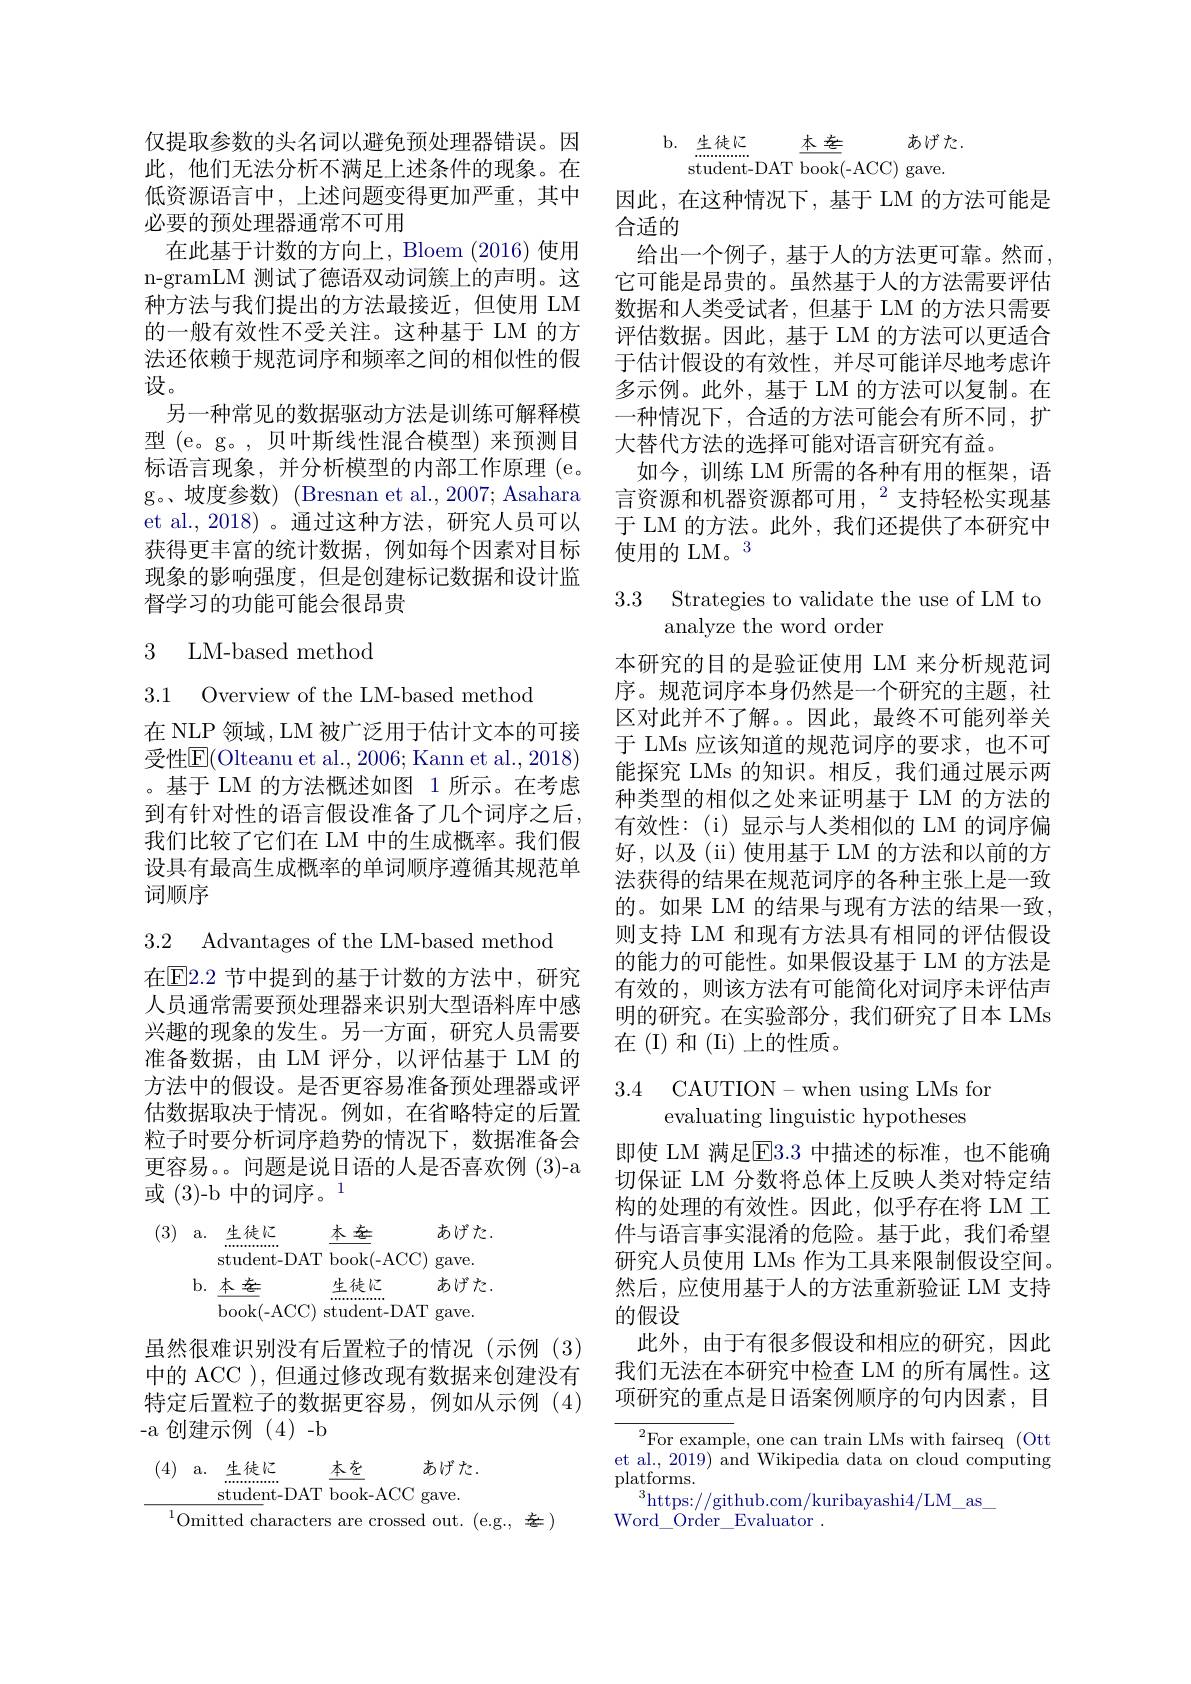
仅提取参数的头名词以避免预处理器错误。因此，他们无法分析不满足上述条件的现象。在低资源语言中，上述问题变得更加严重，其中必要的预处理器通常不可用
在此基于计数的方向上，Bloem (2016) 使用n-gramLM 测试了德语双动词簇上的声明。这种方法与我们提出的方法最接近，但使用 LM 的一般有效性不受关注。这种基于 LM 的方法还依赖于规范词序和频率之间的相似性的假设。
另一种常见的数据驱动方法是训练可解释模型 (e。g。, 贝叶斯线性混合模型)来预测目标语言现象，并分析模型的内部工作原理 (e。g。、坡度参数) (Bresnan et al., 2007; Asahara et al.,2018)。通过这种方法，研究人员可以获得更丰富的统计数据，例如每个因素对目标现象的影响强度，但是创建标记数据和设计监督学习的功能可能会很昂贵

3 LM-based method

3.1 Overview of the LM-based method

在 NLP 领域，LM 被广泛用于估计文本的可接受性$\overline{\mathrm{E}}($Olteanu et al., 2006; Kann et al., 2018) 。基于 LM 的方法概述如图 1 所示。在考虑到有针对性的语言假设准备了几个词序之后， 我们比较了它们在 LM 中的生成概率。我们假设具有最高生成概率的单词顺序遵循其规范单词顺序

3.2 Advantages of the LM-based method

在$\overline{\mathrm{E}}$2.2 节中提到的基于计数的方法中，研究人员通常需要预处理器来识别大型语料库中感兴趣的现象的发生。另一方面，研究人员需要准备数据，由 LM 评分，以评估基于 LM 的方法中的假设。是否更容易准备预处理器或评估数据取决于情况。例如，在省略特定的后置粒子时要分析词序趋势的情况下，数据准备会更容易。。问题是说日语的人是否喜欢例(3)-a 或(3)-b 中的词序。1
$$\begin{aligned}(3)\quad\mathrm{a.}\quad&\text{生徒に}\\&\text{student-DAT book(-ACC) gave.}\\&\mathrm{b.}\:\frac{\text{本 老}}{\mathrm{book(-ACC)~student-DAT~gave.}}\end{aligned}$$
虽然很难识别没有后置粒子的情况(示例(3)

中的 ACC ),但通过修改现有数据来创建没有特定后置粒子的数据更容易，例如从示例(4) -a 创建示例(4)-b

本在
あげた.
(4) a.生徒汇
$\underline{{\mathrm{student-DAT~book-ACC~gave.}}}$
$^{1}$Omitted characters are crossed out. (e.g., 老)

b. 生徒汇
本老
あげた.
${\mathrm{student-DAT~}}{\overline{{book}}}(-ACC)$ gave.

因此，在这种情况下，基于 LM 的方法可能是
合适的
给出一个例子，基于人的方法更可靠。然而它可能是昂贵的。虽然基于人的方法需要评估数据和人类受试者，但基于 LM 的方法只需要评估数据。因此，基于 LM 的方法可以更适合于估计假设的有效性，并尽可能详尽地考虑许多示例。此外，基于 LM 的方法可以复制。在一种情况下，合适的方法可能会有所不同，扩大替代方法的选择可能对语言研究有益。
如今，训练 LM 所需的各种有用的框架，语言资源和机器资源都可用，$^2$支持轻松实现基于 LM 的方法。此外，我们还提供了本研究中使用的 LM。3

## 3.3 Strategies to validate the use of LM to analyze the word order

本研究的目的是验证使用 LM 来分析规范词序。规范词序本身仍然是一个研究的主题，社区对此并不了解。因此，最终不可能列举关于 LMs 应该知道的规范词序的要求，也不可能探究 LMs 的知识。相反，我们通过展示两种类型的相似之处来证明基于 LM 的方法的有效性：(i)显示与人类相似的 LM 的词序偏好，以及(ii)使用基于 LM 的方法和以前的方法获得的结果在规范词序的各种主张上是一致的。如果 LM 的结果与现有方法的结果一致， 则支持 LM 和现有方法具有相同的评估假设的能力的可能性。如果假设基于 LM 的方法是有效的，则该方法有可能简化对词序未评估声明的研究。在实验部分，我们研究了日本 LMs 在(I)和(Ii)上的性质。

### 3.4 CAUTION-when using LMs for evaluating linguistic hypotheses

即使 LM 满足$\overline{\mathrm{E}}3.3$ 中描述的标准，也不能确切保证 LM 分数将总体上反映人类对特定结构的处理的有效性。因此，似乎存在将 LM 工件与语言事实混淆的危险。基于此，我们希望研究人员使用 LMs 作为工具来限制假设空间。然后，应使用基于人的方法重新验证 LM 支持的假设
此外，由于有很多假设和相应的研究，因此我们无法在本研究中检查 LM 的所有属性。这项研究的重点是日语案例顺序的句内因素，目

$^{2}$For example, one can train LMs with fairseq (Ott et al., 2019) and Wikipedia data on cloud computing $\mathop{\mathrm{platforms.}}$
$^{3}$https://github.com/kuribayashi4/LM\_as\_
Word\_Order\_Evaluator~.